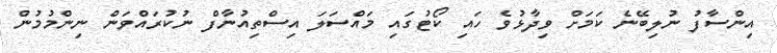
އިންސާފު ނުލިބޭނެ ކަމަށް ވިދާޅުވެ ހައި ކޯޓުގައި މައްސަލަ އިސްތިއުނާފް ނުކުރައްވަން ނިންމުމުން